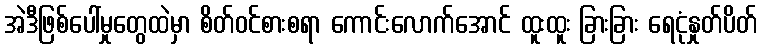
အဲဒီဖြစ်ပေါ်မှုတွေထဲမှာ စိတ်ဝင်စားစရာ ကောင်းလောက်အောင် ထူးထူး ခြားခြား ရေငုံနှုတ်ပိတ်